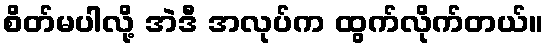
စိတ်မပါလို့ အဲဒီ အလုပ်က ထွက်လိုက်တယ်။